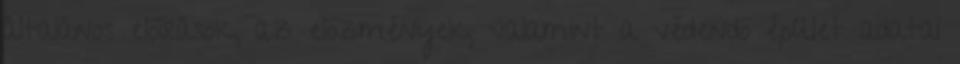
általános elõírások, az elõzmények, valamint a védendõ épület adatai